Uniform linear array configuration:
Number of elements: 48
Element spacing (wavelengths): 1
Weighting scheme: hann
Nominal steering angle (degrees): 45
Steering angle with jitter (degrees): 44.43
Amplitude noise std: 0.05
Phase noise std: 0.05

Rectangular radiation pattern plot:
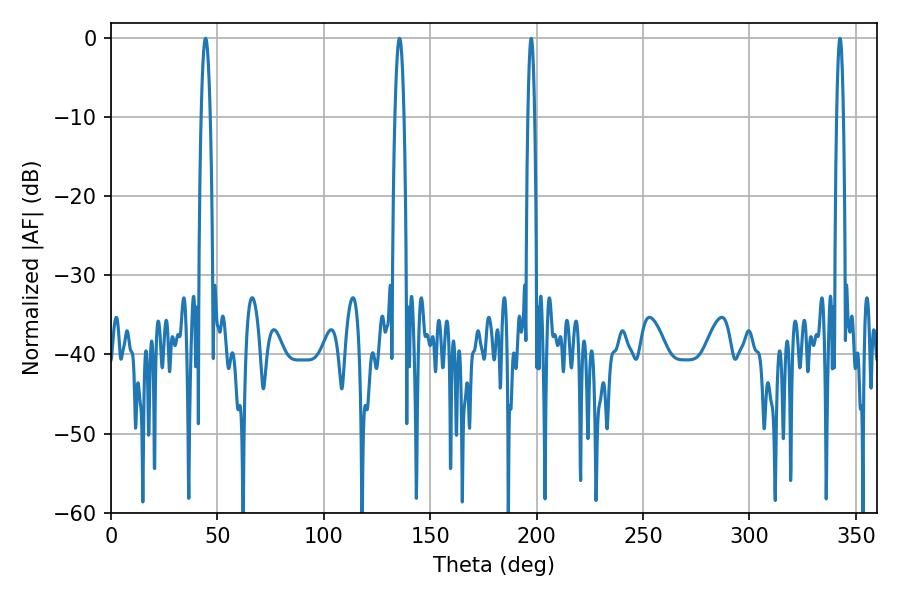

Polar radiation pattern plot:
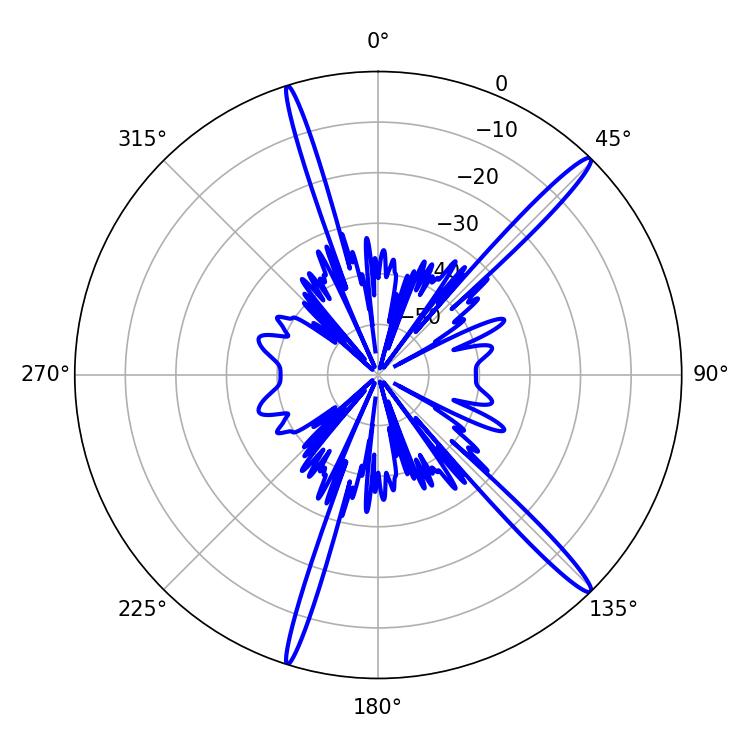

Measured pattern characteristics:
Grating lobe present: TRUE
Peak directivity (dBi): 16.693
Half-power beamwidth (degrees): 1.8
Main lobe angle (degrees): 197.46